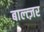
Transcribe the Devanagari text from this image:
बाल्त्ज़र